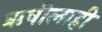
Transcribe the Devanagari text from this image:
ऋषीलाही